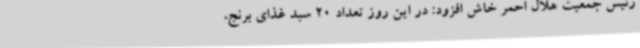
رئیس جمعیت هلال احمر خاش افزود: در این روز تعداد 20 سبد غذای برنج،